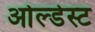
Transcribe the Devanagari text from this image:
ओल्डेस्ट